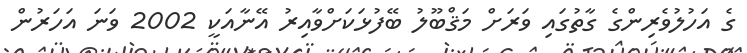
ގެ އަހުލުވެރިންގެ ގާތުގައި ވަރަށް މަޤްބޫލު ބޭފުޅަކަށްވާއިރު އޭނާއަކީ 2002 ވަނަ އަހަރުން